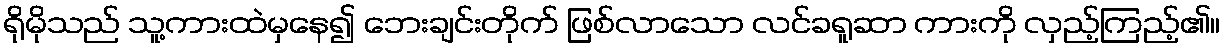
ရိုမိုသည် သူ့ကားထဲမှနေ၍ ဘေးချင်းတိုက် ဖြစ်လာသော လင်ခရူဆာ ကားကို လှည့်ကြည့်၏။